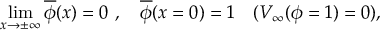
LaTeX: \operatorname * { l i m } _ { x \to \pm \infty } \overline { { { \phi } } } ( x ) = 0 \ , \quad \overline { { { \phi } } } ( x = 0 ) = 1 \quad ( V _ { \infty } ( \phi = 1 ) = 0 ) ,